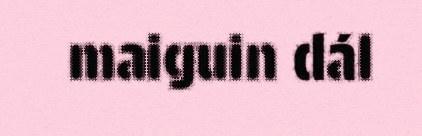
maiguin dál